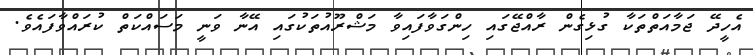
އެހީދޭ ޖަމާއަތްތަކާ ގުޅިގެން ރާއްޖޭގައި ހިންގަވާފައިވާ މަޝްރޫއުތަކުގައި އޭނާ ވަނީ މަސައްކަތް ކުރައްވާފައެވެ.